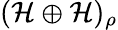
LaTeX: (\mathcal{H}\oplus\mathcal{H})_{\rho}